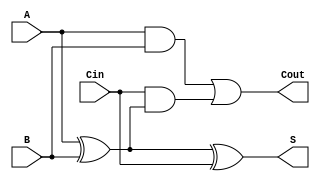
module async_full_adder (
    input  wire A,      // First binary input
    input  wire B,      // Second binary input
    input  wire Cin,    // Carry-in input
    output wire S,      // Sum output
    output wire Cout    // Carry-out output
);

// Compute the sum and carry-out
assign S = A ^ B ^ Cin;                 // Sum: S = A  B  Cin
assign Cout = (A & B) | (Cin & (A ^ B)); // Carry-out: Cout = (A  B) + (Cin  (A  B))

endmodule